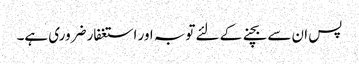
پس ان سے بچنے کے لئے توبہ اور استغفار ضروری ہے۔